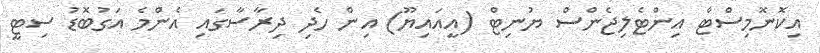
އިކޮނޮމިސްޓް އިންޓެލިޖެންސް ޔުނިޓް (އީއައިޔޫ) އިން ހެދި ދިރާސާގައި އެންމެ އަގުބޮޑު ސިޓީ